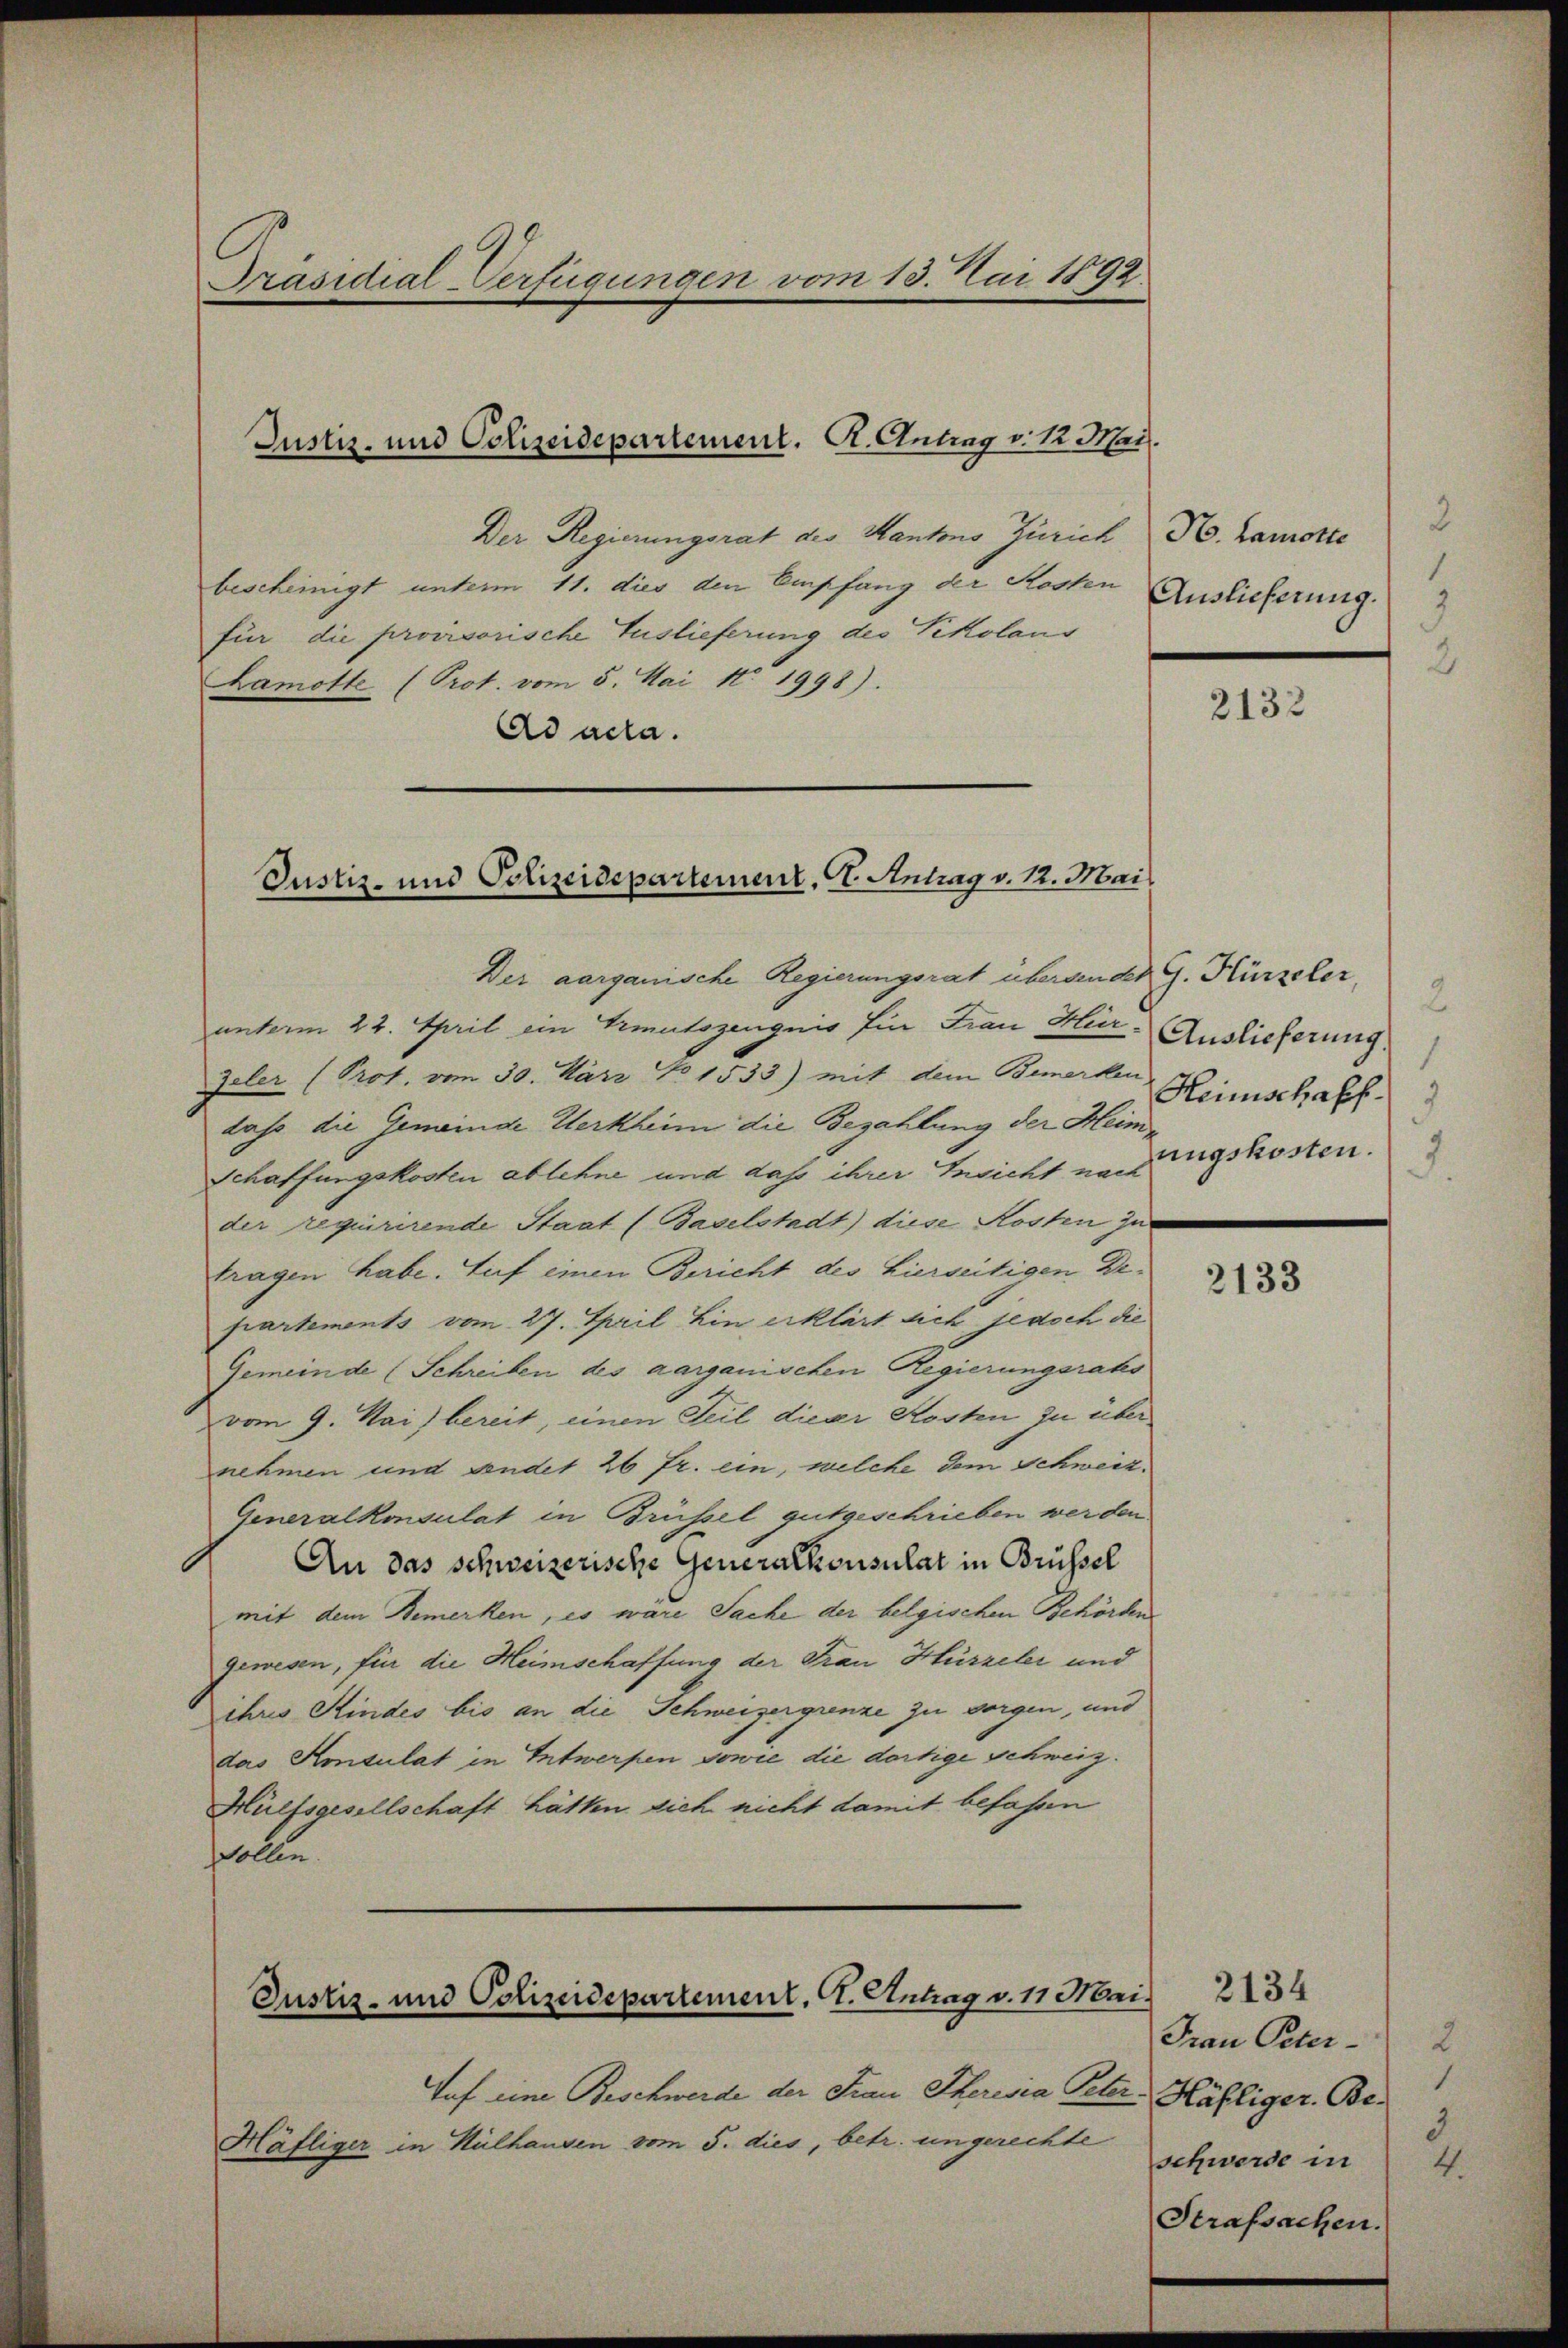
Präsidial-Verfügungen vom 13. Mai 1892.

Der Regierungsrat des Kantons Zürich H. Lamorte
bescheinigt unterm 11. dies den Empfang der Kosten
für die provisorische Auslieferung des Vikolaus
Lamotte (Prot. vom 5. Mai 1 1998).
Ad acta.

Justiz- und Polizeidepartement. A. Antrag v. K. Mai.

Justiz- und Polizeidepartement. 2. Antrag v. 12. Mai

Der aarganische Regierungsrat übersendet G. Kürzeler,
unterm 22. April ein Vermutszeugnis für Frau Her- Auslieferung.
Zeler (Prot. vom 30. März 1533) mit dem Bemerken
dass die Gemeinde Werkheim die Bezahlung der Heim¬
Schaffungskosten ablehne und daß ihrer Ansicht nach
der requirirende Staat (Baselstadt) diese Kosten zur
tragen habe. Auf einen Bericht des hierseitigen Departements vom 27. April hin erklärt sich jedoch die
Gemeinde (Schreiben des aarganischen Regierungsrats
vom 9. Mai bereit, einen Teil dieser Kosten zu über
nehmen und sendet 26 Fr. ein, welche dem Schweiz.
Generalkonsulat in Brüssel gutgeschrieben werden
An das schweizerische Generalkonsulat in Brüssel
mit dem Bemerken, es wäre Sache der belgischen Behörden
gewesen, für die Heimschaffung der Frau Hirzeler und
ihres Kindes bis an die Schweizergrenze zu vorgen, und
das Konsulat in Entwerpen sowie die dortige Schweiz.
Hülfsgesellschaft hätten sich nicht damit befahren
sollen.

Justiz- und Polizeidepartement, CG. Antrag v. 11 Mai.

Taf eine Beschwerde der Frau Iherisia Peter Häfliger Be¬
Häfliger in Hülhausen vom 5. dies, betr. ungerechte

Auslieferung.

2
1
Heimschaff
3
ungskosten.

2132

2133

2134
Frau Peter¬
2
1
3
schwerde in 4.
Strafsachen.